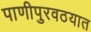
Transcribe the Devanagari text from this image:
पाणीपुरवठयात